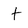
Character: t